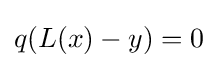
q(L(x)-y)=0